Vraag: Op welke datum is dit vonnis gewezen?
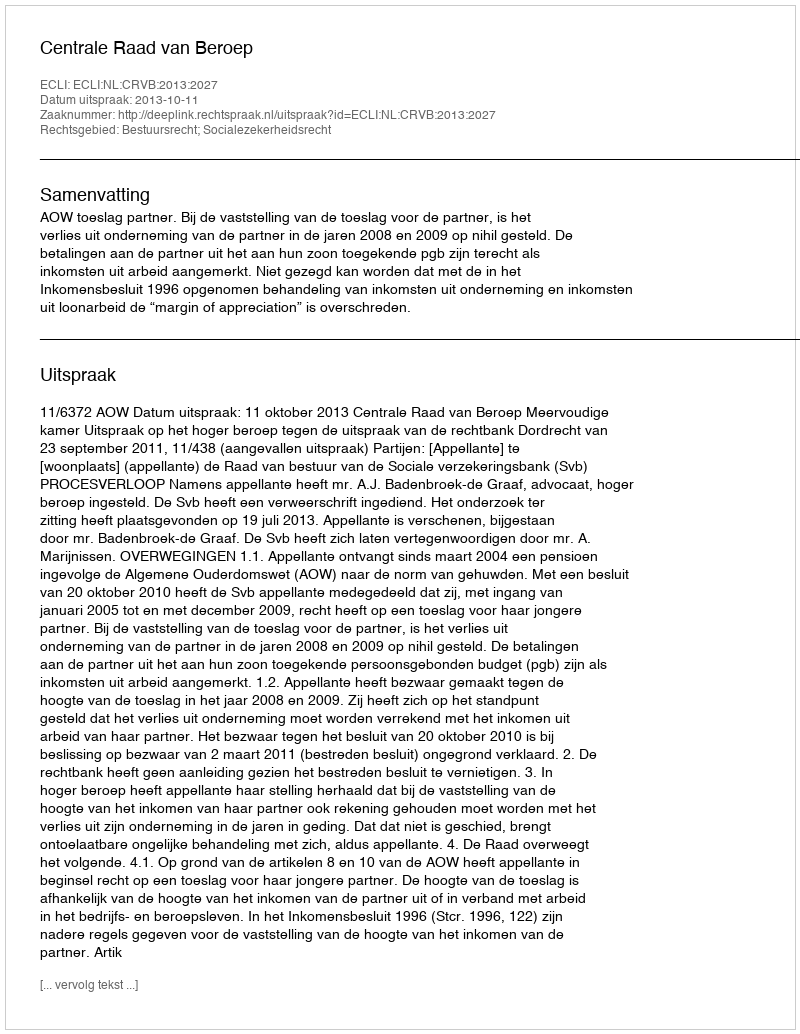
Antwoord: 2013-10-11